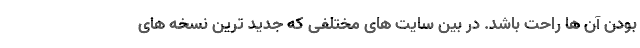
بودن آن ها راحت باشد. در بین سایت های مختلفی که جدید ترین نسخه های